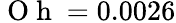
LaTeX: \mathrm{~O~h~}=0.0026